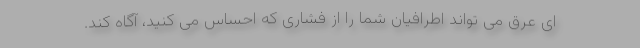
ای عرق می تواند اطرافیان شما را از فشاری که احساس می کنید، آگاه کند.